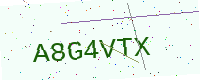
Text: A8G4VTX